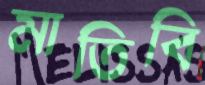
মাতিবি